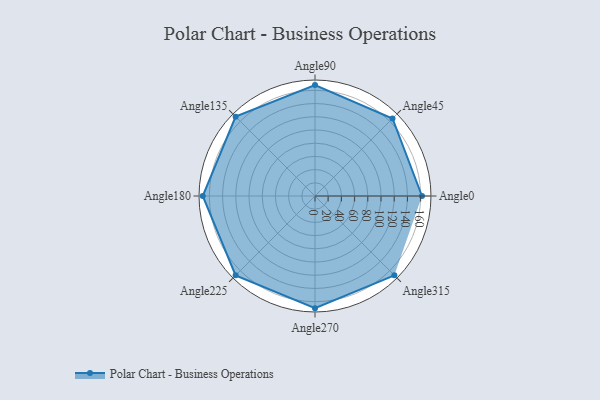
{"axis": {"x": "Angle", "y": "Radius"}, "legend": [""], "data": [{"x": "Angle0", "y": 162.0, "type": ""}, {"x": "Angle45", "y": 166.0, "type": ""}, {"x": "Angle90", "y": 168.0, "type": ""}, {"x": "Angle135", "y": 170, "type": ""}, {"x": "Angle180", "y": 170, "type": ""}, {"x": "Angle225", "y": 170, "type": ""}, {"x": "Angle270", "y": 170, "type": ""}, {"x": "Angle315", "y": 170, "type": ""}]}